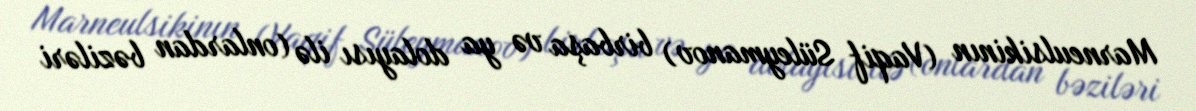
Marneulsikinın (Vaqif Süleymanov) birbaşa və ya dolayısı ilə (onlardan bəziləri